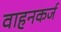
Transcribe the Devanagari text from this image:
वाहनकर्ज